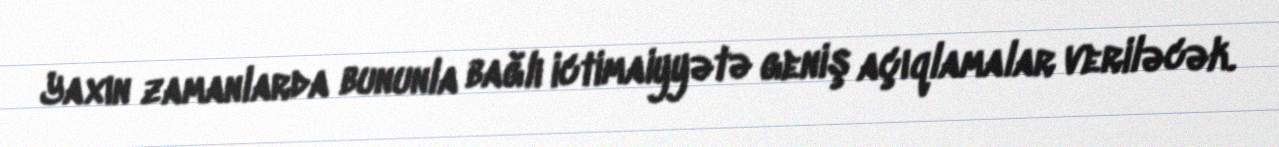
Yaxın zamanlarda bununla bağlı ictimaiyyətə geniş açıqlamalar veriləcək.